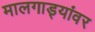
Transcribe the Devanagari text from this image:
मालगाड्यांवर